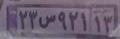
۲۳س۹۲۱۱۳